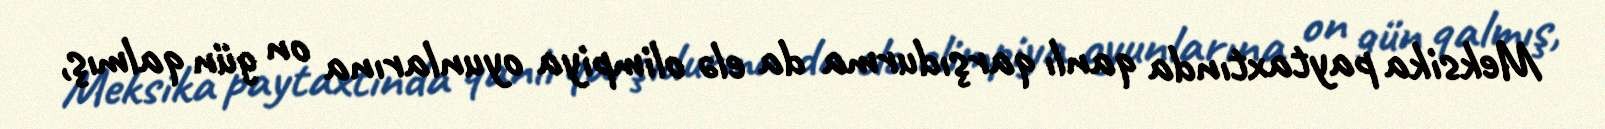
Meksika paytaxtında qanlı qarşıdurma da elə olimpiya oyunlarına on gün qalmış,